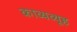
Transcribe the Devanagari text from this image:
काव्यव्यूह